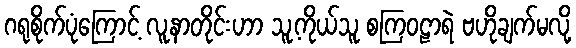
ဂရုစိုက်ပုံကြောင့် လူနာတိုင်းဟာ သူ့ကိုယ်သူ စကြဝဠာရဲ ဗဟိုချက်မလို့